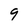
Character: 9